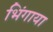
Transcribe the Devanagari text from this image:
भिंगाया